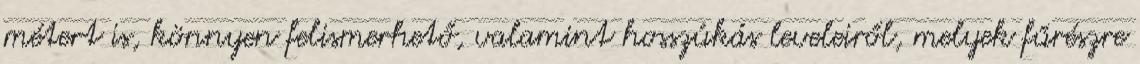
métert is, könnyen felismerhető, valamint hosszúkás leveleiről, melyek fűrészre